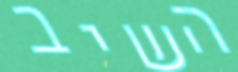
השיב